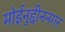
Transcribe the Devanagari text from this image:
मोईनुद्दीननगर